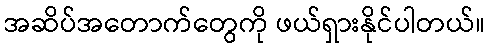
အဆိပ်အတောက်တွေကို ဖယ်ရှားနိုင်ပါတယ်။